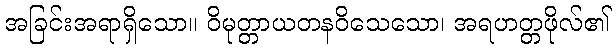
အခြင်းအရာရှိသော။ ဝိမုတ္တာယတနဝိသေသော၊ အရဟတ္တဖိုလ်၏